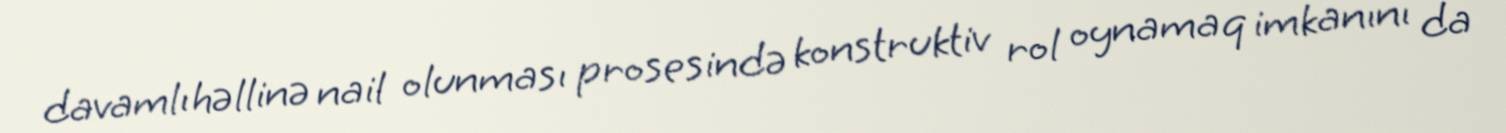
davamlı həllinə nail olunması prosesində konstruktiv rol oynamaq imkanını da